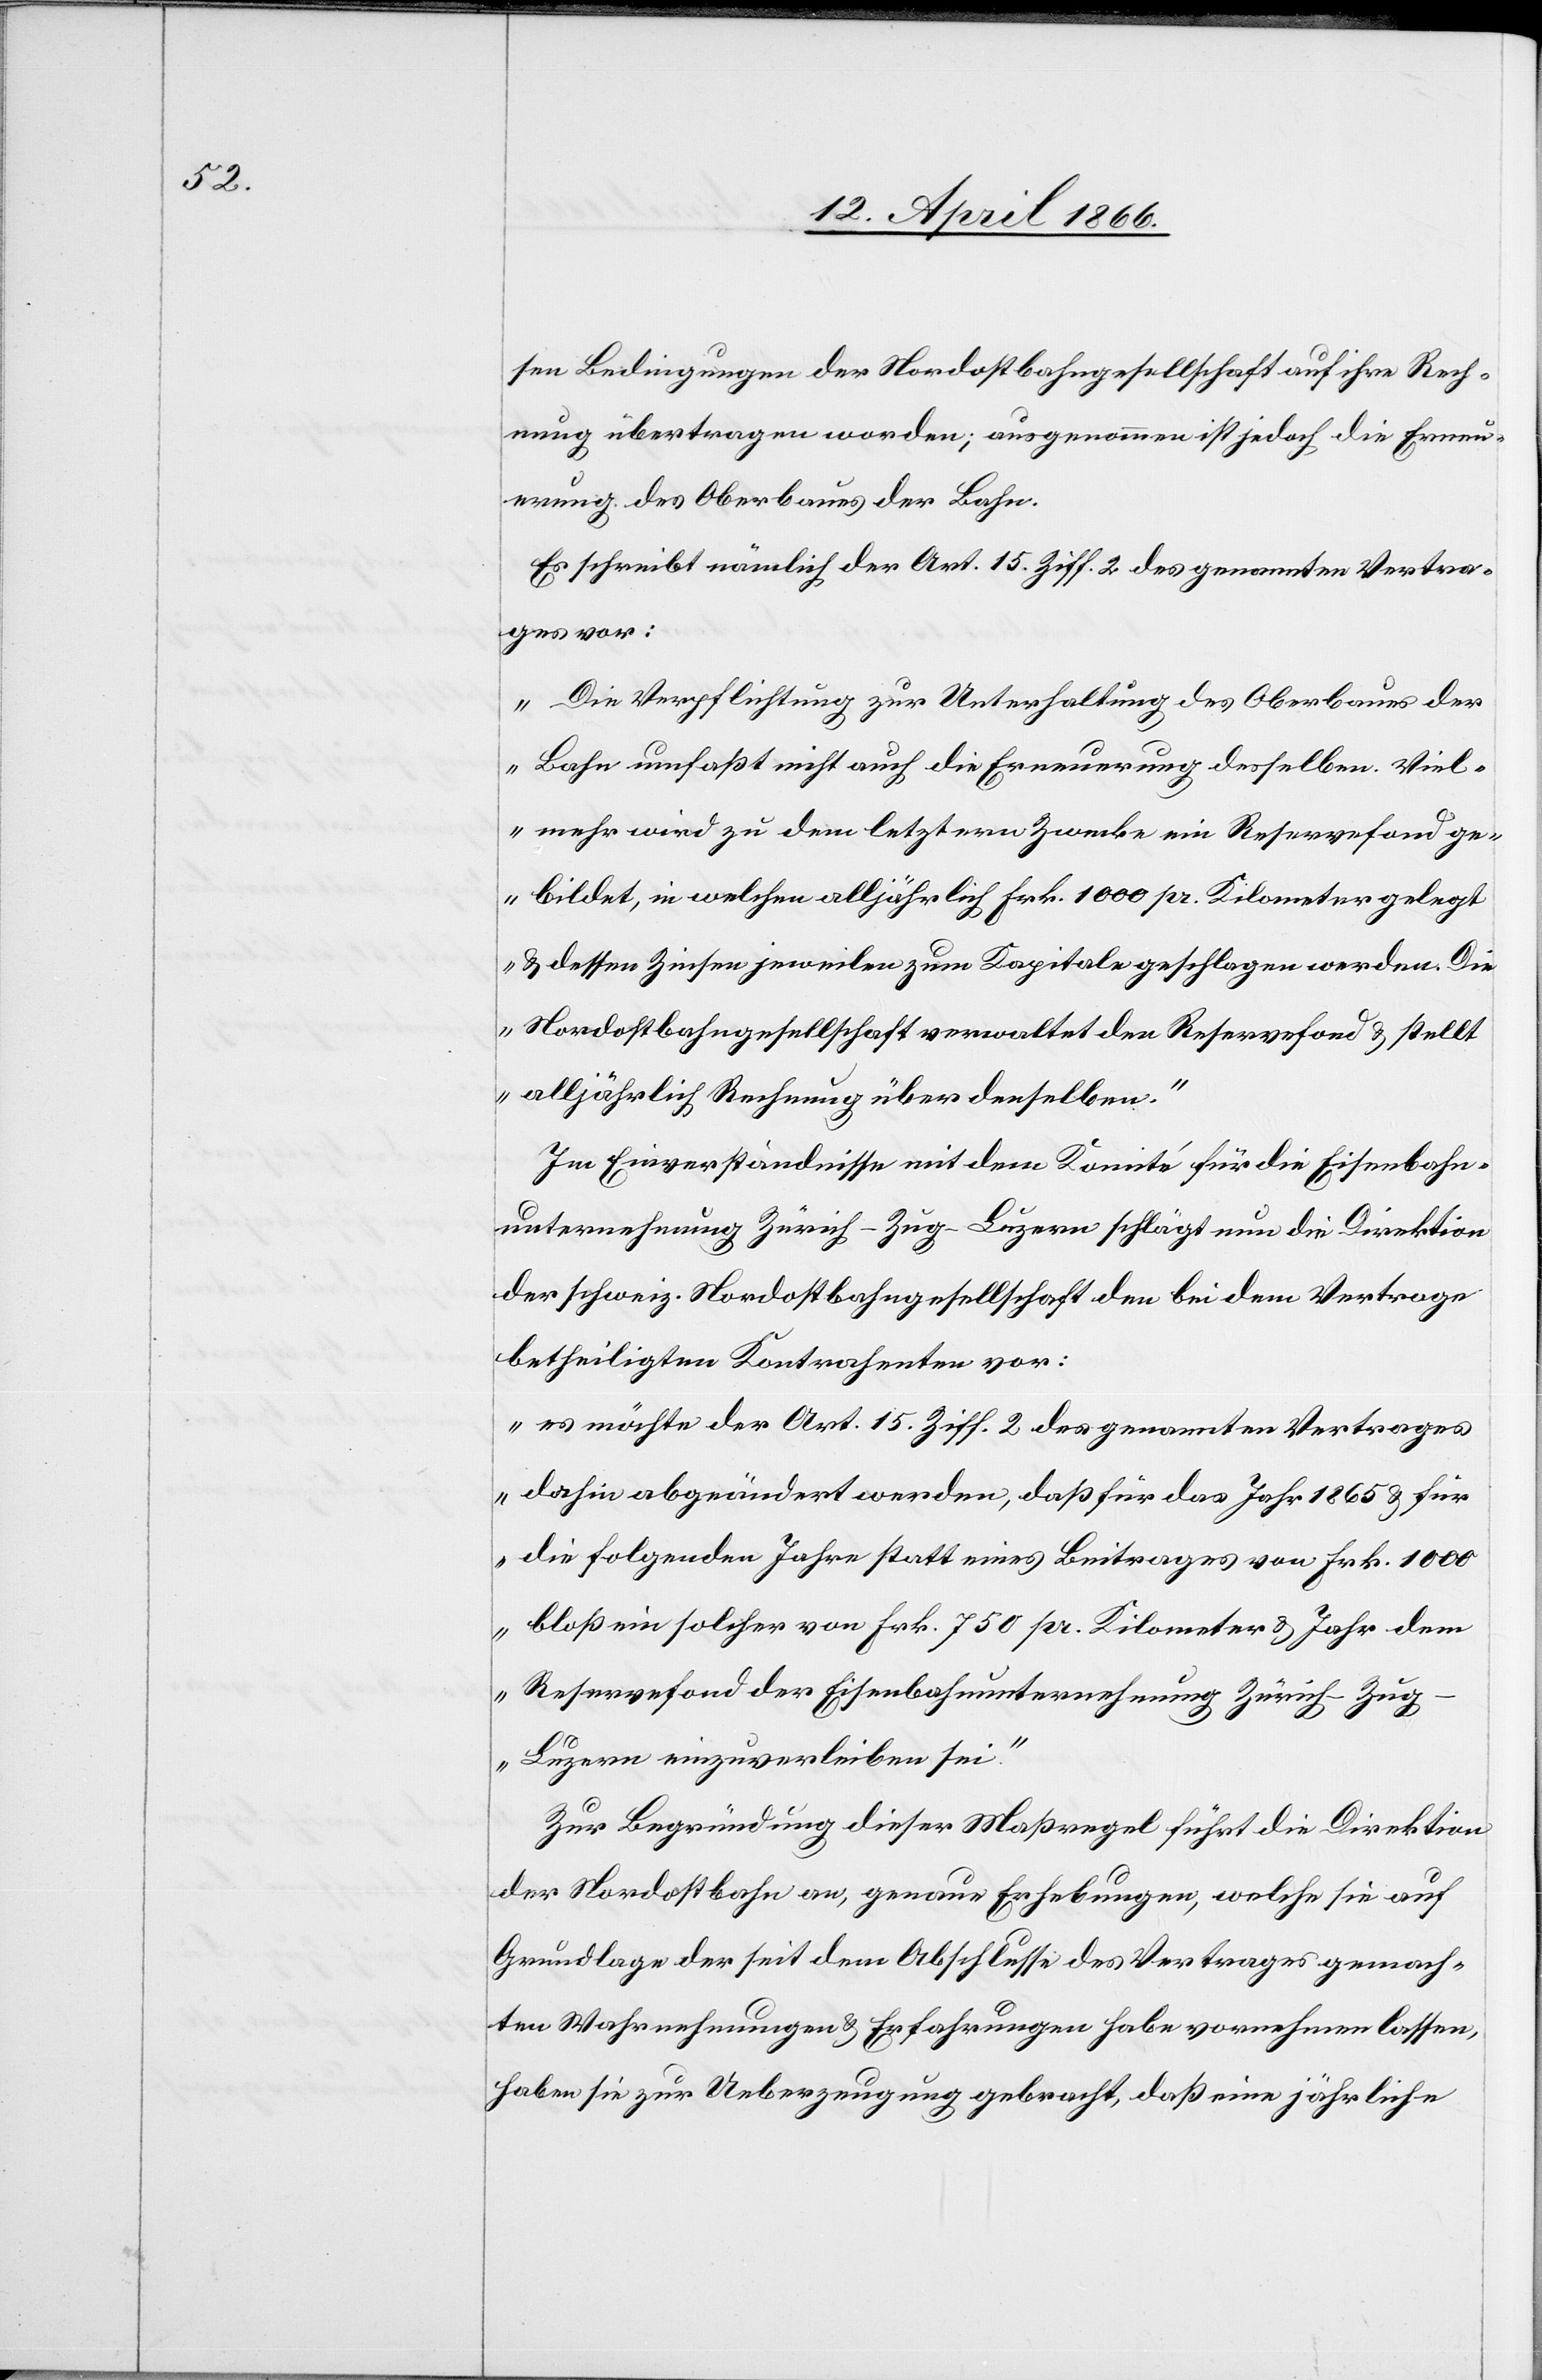
sen Bedingungen der Nordostbahngesellschaft auf ihre Rech¬
nung übertragen worden; ausgenommen ist jedoch die Erneu¬
erung des Oberbaues der Bahn.
Es schreibt nämlich der Art. 15 Ziff. 2 des genannten Vertra¬
ges vor:
„Die Verpflichtung zur Unterhaltung des Oberbaues der
Bahn umfaßt nicht auch die Erneuerung desselben. Viel¬
mehr wird zu dem letztern Zwecke ein Reservefond ge¬
bildet, in welchen alljährlich Frk. 1000 pr. Kilometer gelegt
u. dessen Zinsen jeweilen zum Kapital geschlagen werden. Die
Nordostbahngesellschaft verwaltet den Reservefond u. stellt
alljährlich Rechnung über denselben.“
Im Einvernehmen mit dem Komité für die Eisenbahn¬
unternehmung Zürich–Zug–Luzern schlägt nun die Direktion
der schweiz. Nordostbahngesellschaft den bei dem Vertrage
betheiligten Kontrahenten vor:
„es möchte der Art. 15 Ziff. 2 des genannten Vertrages
dahin abgeändert werden, daß für das Jahr 1865 u. für
die folgenden Jahre statt eines Beitrages von Frk. 1000
bloß ein solcher von Frk. 750 pr. Kilometer u. Jahr dem
Reservefond der Eisenbahnunternehmung Zürich–Zu¬
g–Luzern einzuverleiben sei.“
Zur Begründung dieser Maßregel führt die Direktion
der Nordrostbahn an, genaue Erhebungen, welche sie auf
Grundlage der seit dem Abschlusse des Vertrages gemach¬
ten Wahrnehmungen u. Erfahrungen habe vornehmen lassen,
haben sie zur Ueberzeugung gebracht, daß eine jährliche